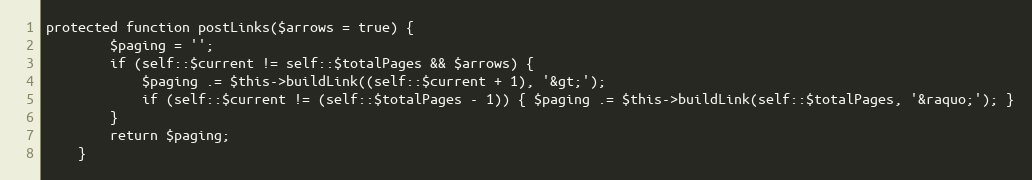
Language: PHP
protected function postLinks($arrows = true) {
        $paging = '';
        if (self::$current != self::$totalPages && $arrows) {
            $paging .= $this->buildLink((self::$current + 1), '&gt;');
            if (self::$current != (self::$totalPages - 1)) { $paging .= $this->buildLink(self::$totalPages, '&raquo;'); }
        }
        return $paging;
    }